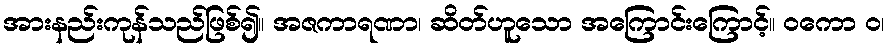
အားနည်းကုန်သည်ဖြစ်၍။ အဇကာရဏာ၊ ဆိတ်ဟူသော အကြောင်းကြောင့်။ ဝကော ဝ၊